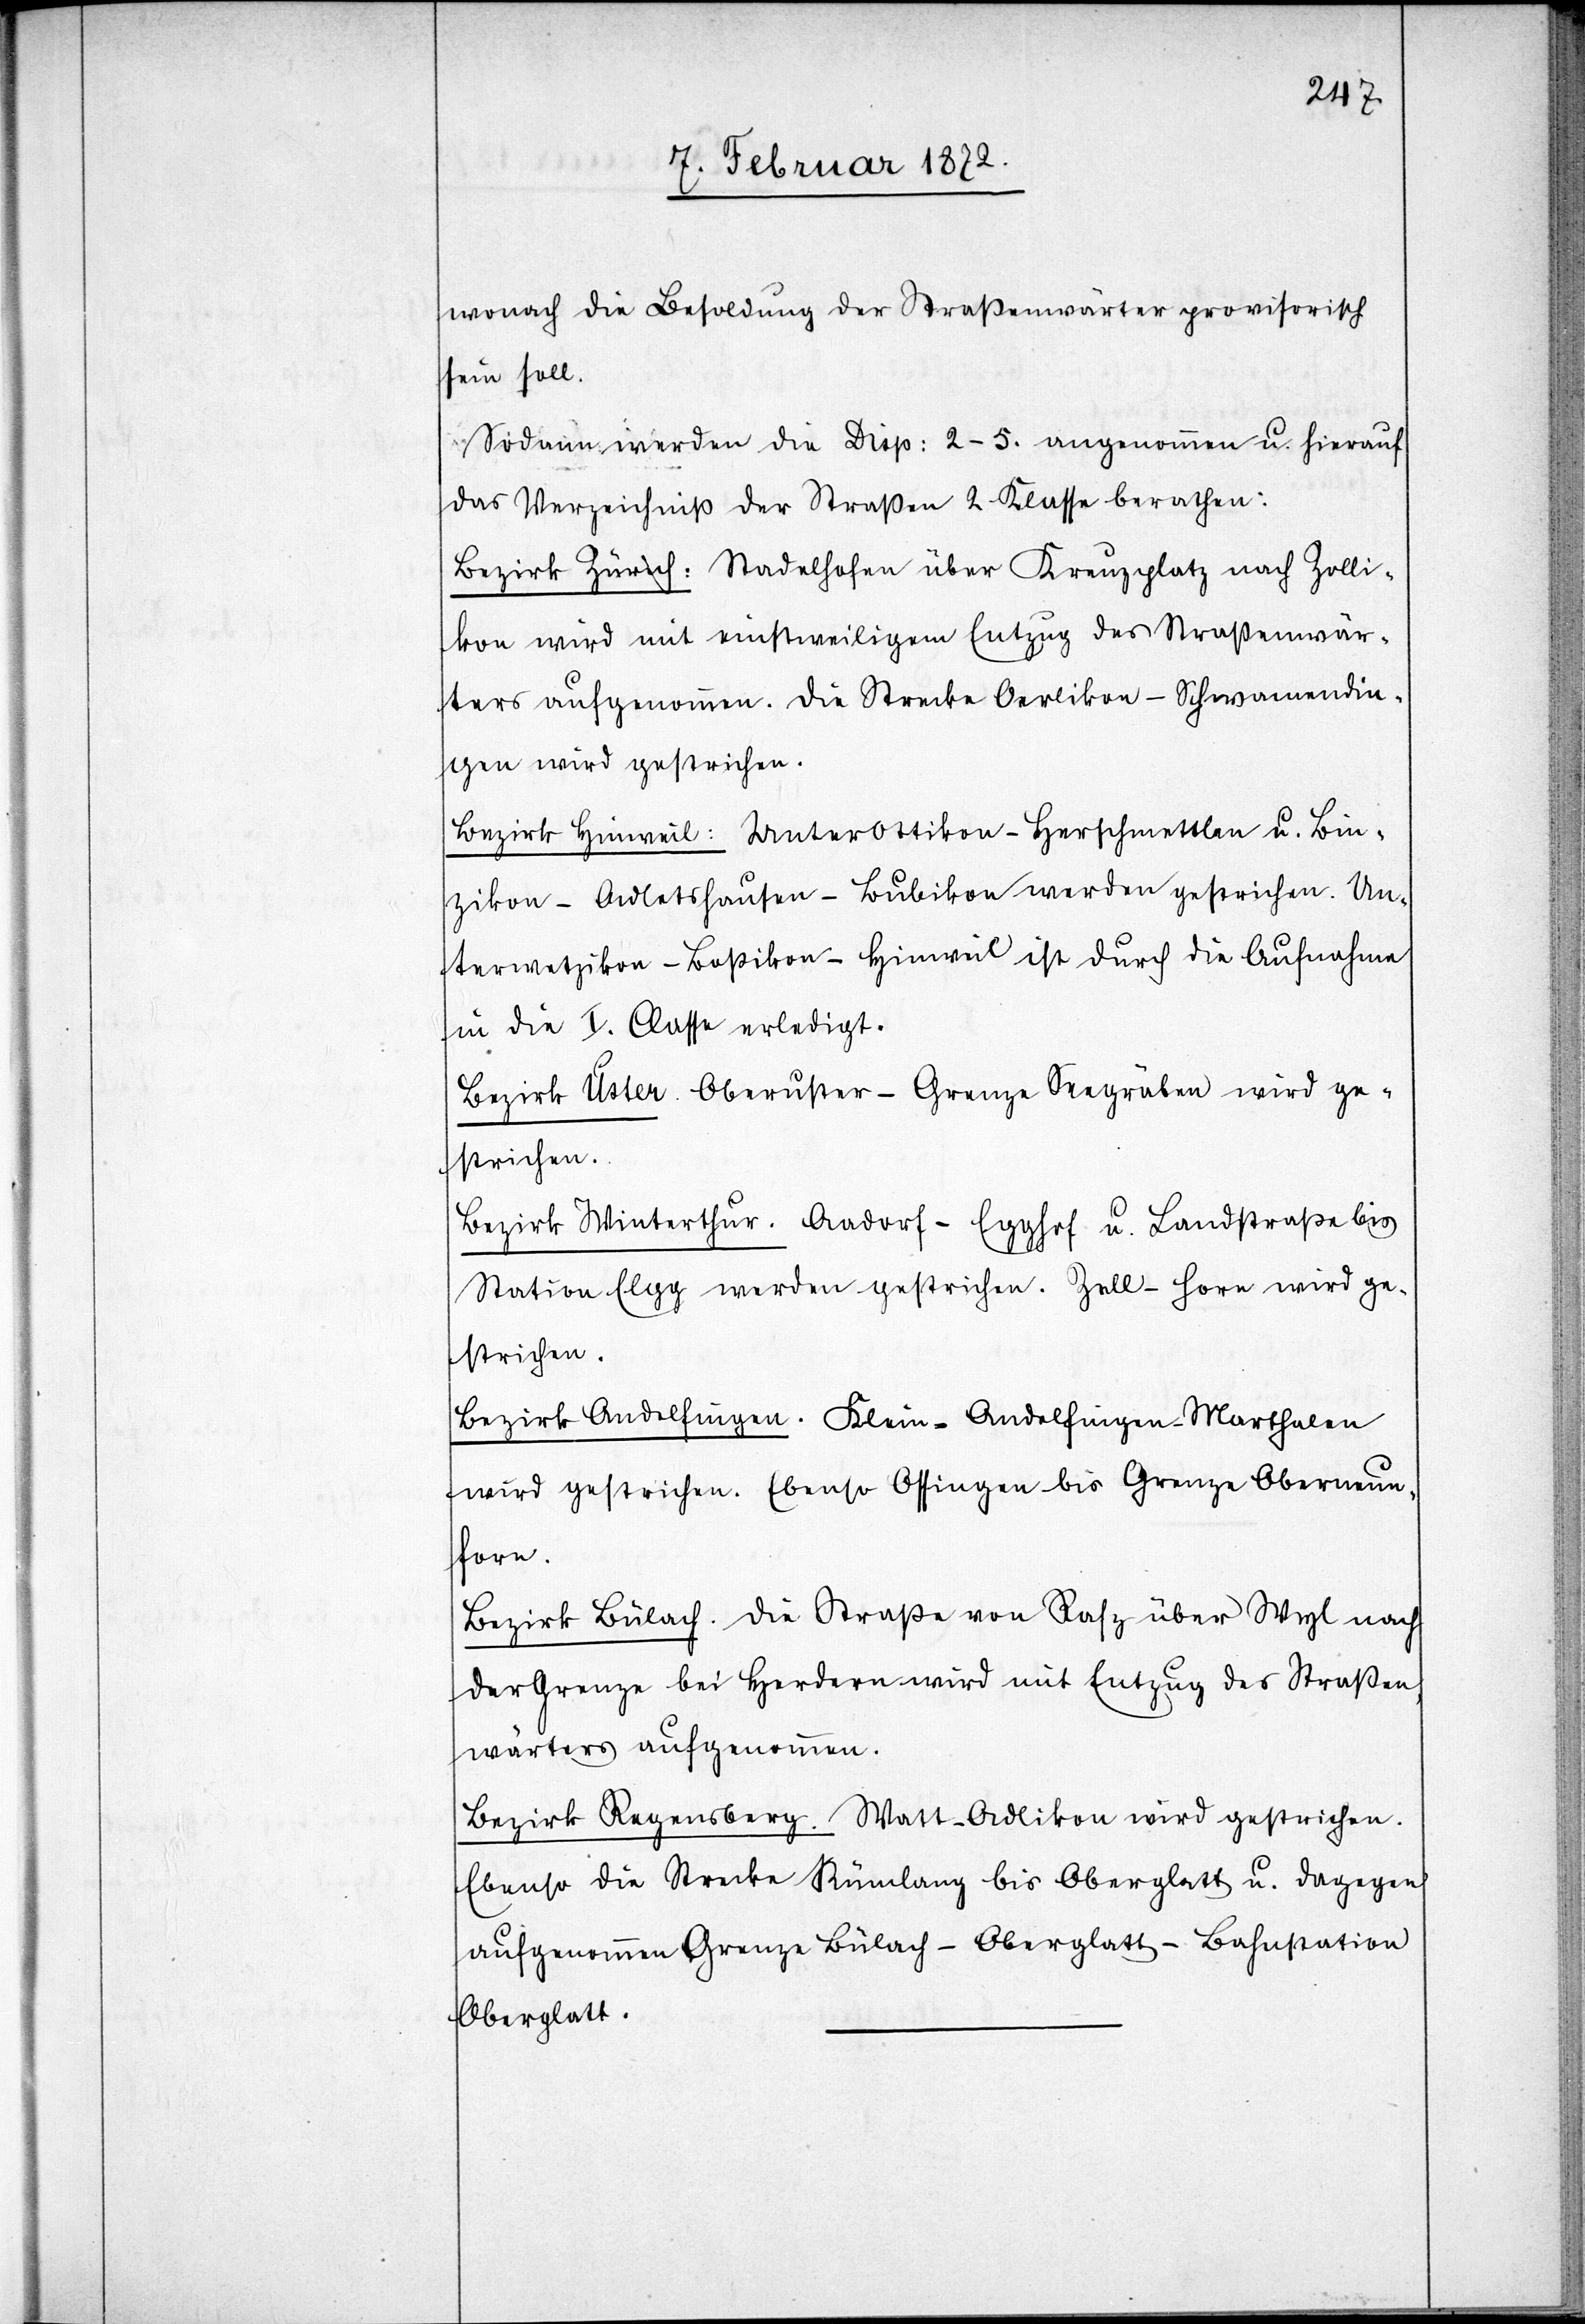
wonach die Besoldung der Straßenwärter provisorisch
sein soll.
Sodann werden die Disp. 2–5. angenommen u. hierauf
das Verzeichniß der Straßen 2 Klasse berathen:
Bezirk Zürich: Stadelhofen über Kreuzplatz nach Zolli¬
kon wird mit einstweiligem Entzug des Straßenwär¬
ters aufgenommen. Die Strecke Oerlikon–Schwamendin¬
gen wird gestrichen.
Bezirk Hinweil: Unterottikon–Herschmettlen u. Bin¬
zikon–Adletshausen–Bubikon werden gestrichen. Un¬
terwetzikon–Boßikon–Hinweil ist durch die Aufnahme
in die I. Classe erledigt.
Bezirk Uster. Oberuster–Grenze Seegräben wird ge¬
strichen.
Bezirk Winterthur. Aadorf–Egghof u. Landstraße bis
Station Elgg werden gestrichen. Zoll–Horn wird ge¬
strichen.
Bezirk Andelfingen. Klein-Andelfingen–Marthalen
wird gestrichen. Ebenso Ottingen bis Grenze Oberneun¬
forn.
Bezirk Bülach. Die Straße von Rafz über Wyl nach
der Grenze bei Herdern wird mit Entzug des Straßen¬
wärters aufgenommen.
Bezirk Regensberg. Watt–Adlikon wird gestrichen.
Ebenso die Strecke Rümlang bis Oberglatt u. dagegen
aufgenommen Grenze Bülach–Oberglatt–Bahnstation
Oberglatt.